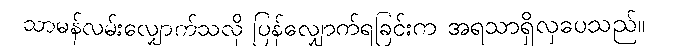
သာမန်လမ်းလျှောက်သလို ပြန်လျှောက်ရခြင်းက အရသာရှိလှပေသည်။